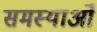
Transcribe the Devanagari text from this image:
समस्याओँ